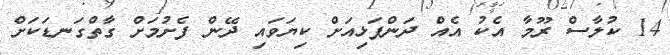
14 ކުލާސް ރޫމާ އެކު އެއް ދަންފަޅިއަށް ކިޔަވައި ދޭން ފެށުމަށް ގާތްގަނޑަކަށް